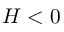
H < 0